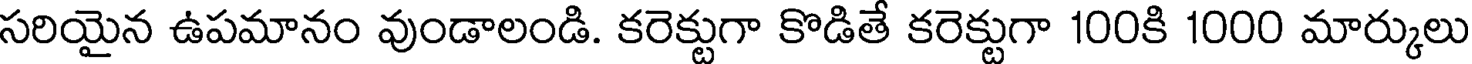
సరియైన ఉపమానం వుండాలండి. కరెక్టుగా కొడితే కరెక్టుగా 100కి 1000 మార్కులు